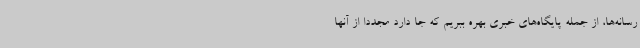
رسانه‌ها، از جمله پایگاه‌های خبری بهره ببریم که جا دارد مجددا از آنها